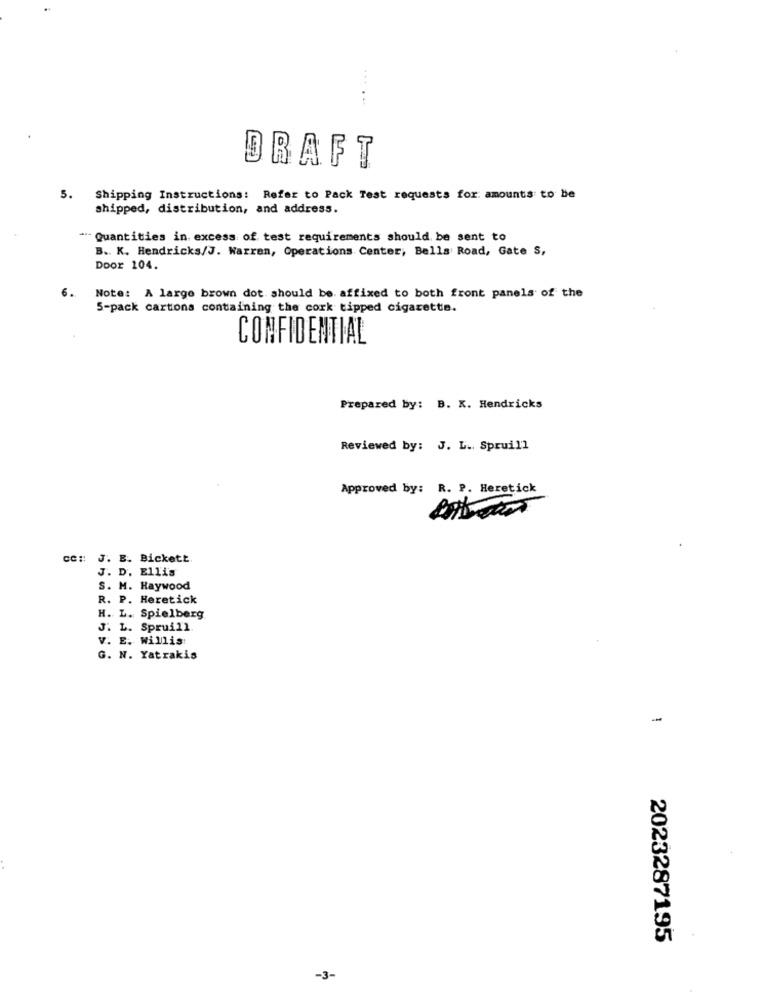
....
DRAFT
5.
Shipping Instructions: Refer to Pack Test requests for. amounts to be
shipped, distribution, and address.
" Quantities in excess of test requirements should be sent to
B .. K. Hendricks/J. Warren, Operations Center, Bells Road, Gate S,
Door 104.
Note: A large brown dot should be. affixed to both front panels of the
6.
5-pack cartons containing the cork tipped cigarette.
CONFIDENTIAL
Prepared by: B. K. Hendricks
Reviewed by: J. L. Spruill
Approved by: R. P. Heretick
cc :: J. E. Bickett.
J. D. Ellis
S. H. Haywood
R. P. Heretick
H. L. Spielberg
J. L. Spruill.
V. E. Willis
G. N. Yatrakis
-
2023287195
-3-